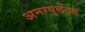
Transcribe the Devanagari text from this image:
अनग्युलेट्स